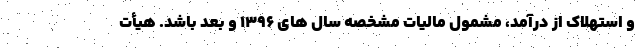
و استهلاک از درآمد، مشمول مالیات مشخصه سال های ۱۳۹۶ و بعد باشد. هیأت